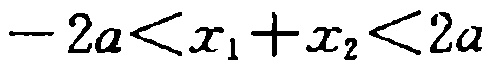
\(-2a<x_1 + x_2<2a\)